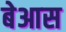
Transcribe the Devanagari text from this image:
बेआस